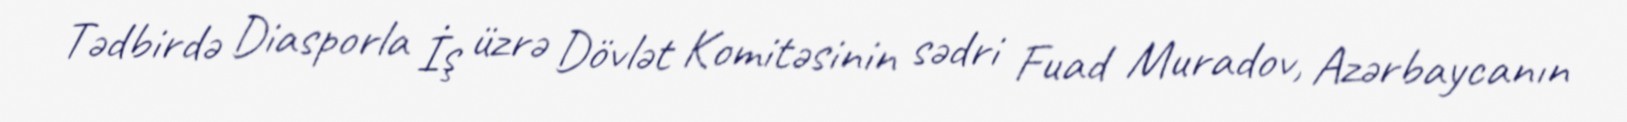
Tədbirdə Diasporla İş üzrə Dövlət Komitəsinin sədri Fuad Muradov, Azərbaycanın